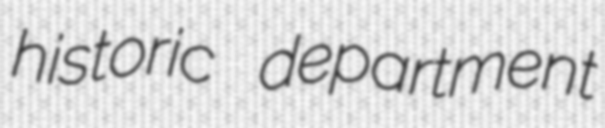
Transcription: historic department